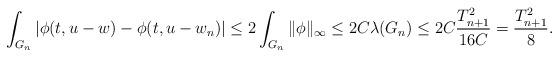
LaTeX: \begin{align*}\int_{G_n} |\phi(t, u - w) - \phi(t, u - w_n)| \leq 2 \int_{G_n} \|\phi\|_{\infty} \leq 2C \lambda(G_n) \leq 2C \frac{T_{n+1}^2}{16C} = \frac{T_{n+1}^2}{8}. \end{align*}